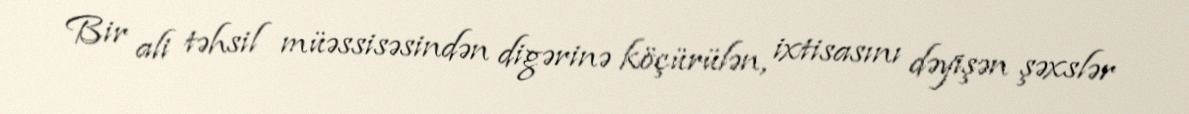
Bir ali təhsil müəssisəsindən digərinə köçürülən, ixtisasını dəyişən şəxslər